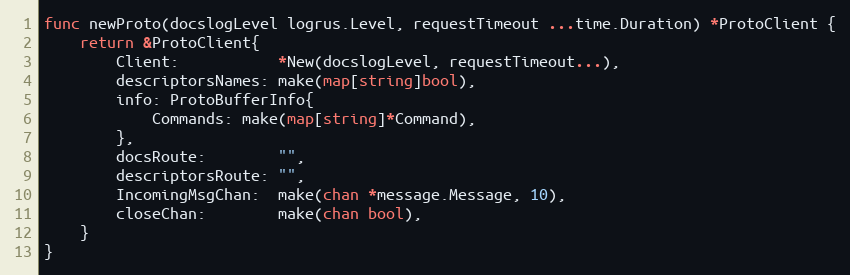
Language: Go
func newProto(docslogLevel logrus.Level, requestTimeout ...time.Duration) *ProtoClient {
	return &ProtoClient{
		Client:           *New(docslogLevel, requestTimeout...),
		descriptorsNames: make(map[string]bool),
		info: ProtoBufferInfo{
			Commands: make(map[string]*Command),
		},
		docsRoute:        "",
		descriptorsRoute: "",
		IncomingMsgChan:  make(chan *message.Message, 10),
		closeChan:        make(chan bool),
	}
}